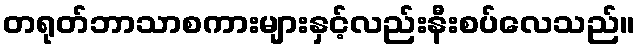
တရုတ်ဘာသာစကားများနှင့်လည်းနီးစပ်လေသည်။